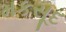
મકસૂદ